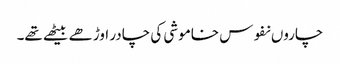
چاروں نفوس خاموشی کی چادر اوڑھے بیٹھے تھے۔